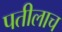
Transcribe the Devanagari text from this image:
पतीलाच